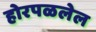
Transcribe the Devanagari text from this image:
होरपळलेल